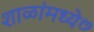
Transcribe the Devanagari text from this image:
शाळांमध्ये७